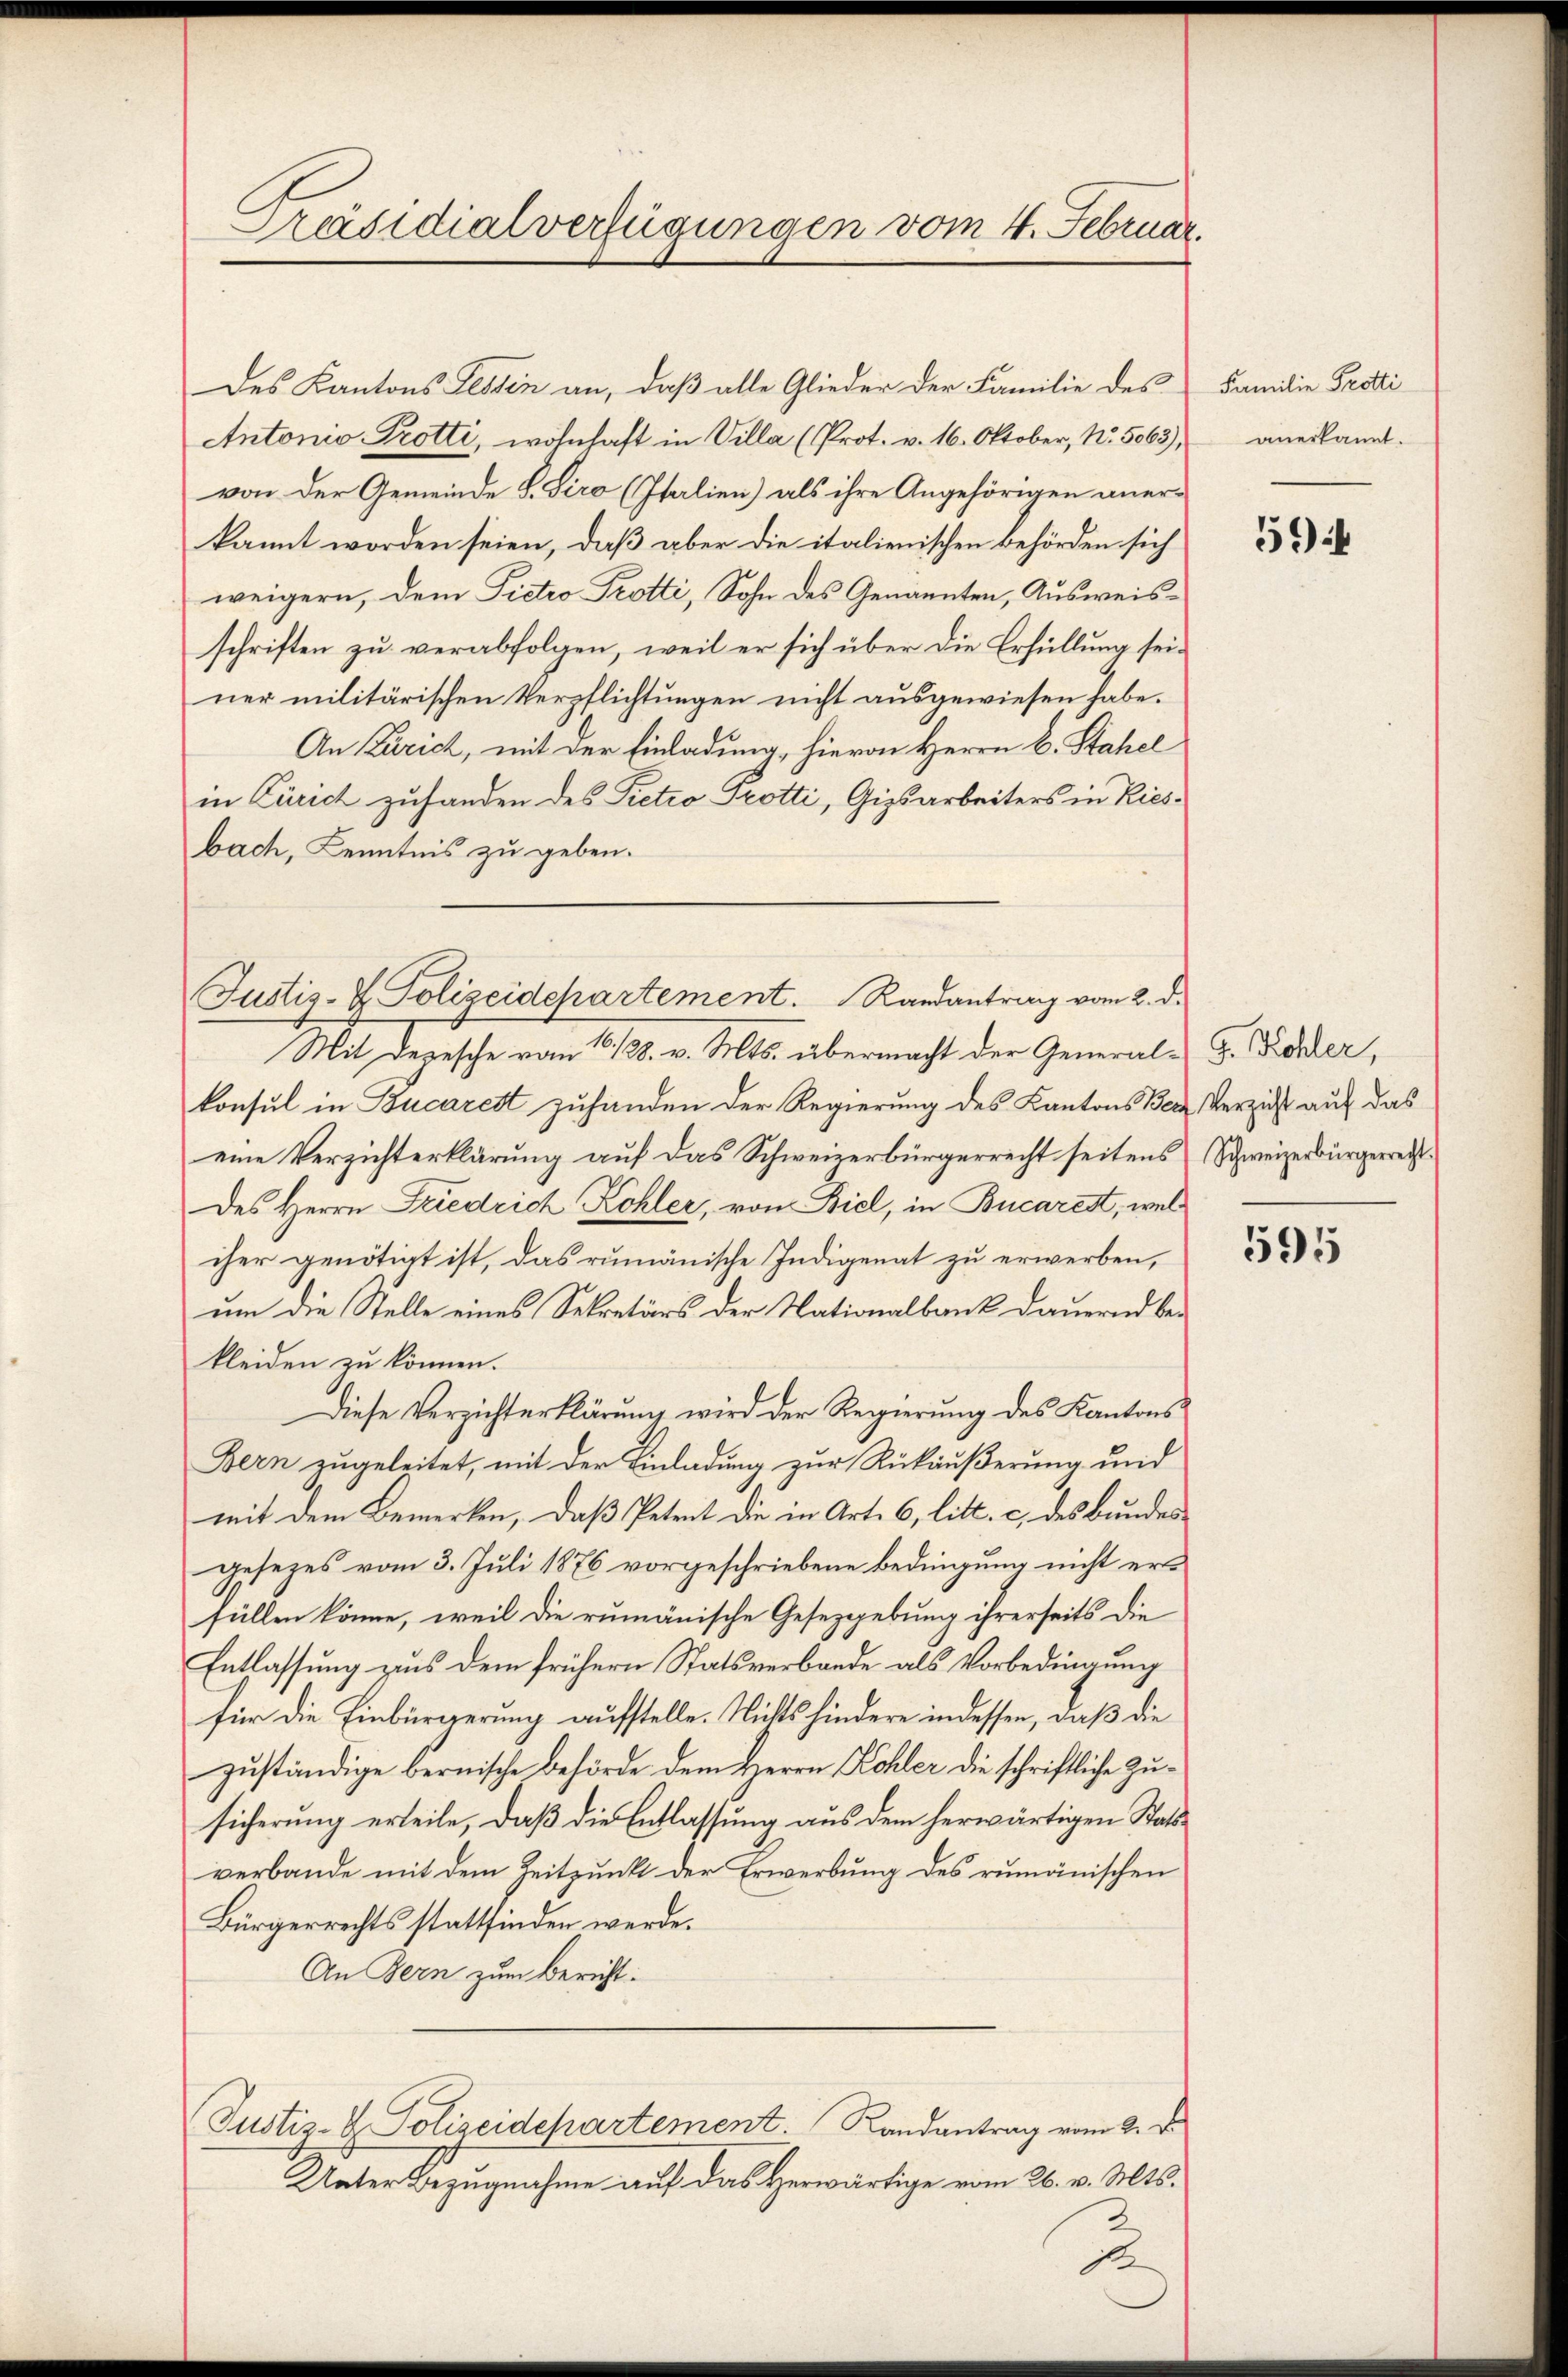
Präsidialverfügungen vom 4. Februar.

Des Kantons Tessin an, daß alle Glieder der Familie des
Antonio Trotti, wohnhaft in Villa (Prot. v. 16. Oktober, No. 5063),
von der Gemeinde S. Giro (Italien) als ihre Angehörigen anerkannt worden seien, daß aber die italienischen Behörden sich
weigern, dem Pietro Trotti, Sohn des Genannten, Ausweisschriften zu verabfolgen, weil er sich über die Erfüllung seiner militärischen Verpflichtungen nicht ausgewiesen habe.
An Zürich, mit der Einladung, hievon Herrn C. Stahel
in Zürich zufanden des Pietio Protti, Gipsarbeiters in Kiesbach, Kenntnis zu geben.
Mit Depesche vom 1. 128. v. Mts. übermacht der General-G. Könder,
konsul in Bucarett zuhanden der Regierung des Kantons Benz Verzicht auf das
eine Verzichterklärung auf das Schweizerbürgerrecht seitens Schweizerbürgerrecht¬
Des Herrn Friedrich Kohler, von Biel, in Bucarest, welcher genötigt ist, das rumänische Indigenat zu erwerben,
um die Stelle eines Sekretärs der Nationalbank dauernd bekleiden zu können.
Diese Verzichterklärung wird der Regierung des Kantons
Bern zugeleitet, mit der Einladung zur Rückäußerung und
mit dem Bemerken, daß Petent die in Art. 6, litt. c. des Bundesgesezes vom 3. Juli 1876 vorgeschriebene Bedingung nicht erfüllen könne, weil die rumänische Gesetzgebung ihrerseits die
Entlassung aus dem frühern Statsverbande als Vorbedingung
für die Einbürgerung aufstelle. Nichts hindere in dessen, daß die
zuständige bernische Behörde dem Herrn Kohler die schriftliche Zusicherung erteile, daß die Entlassung aus dem herwärtigen Statverbande mit dem Zeitpunkt der Erwerbung des rumänischen
Bürgerrechts stattfinden werde.
An Bern zum Bericht:
Justiz- & Polizeidepartement. Randantrag vom 2. J
Unter Bezugnahme auf das Herwärtige vom 26. v. Mts.

Justiz- & Polizeidepartement. Randantrag vom 2. d.

Familie Trotti
anerkannt.

594

595